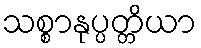
သစ္စာနုပ္ပတ္တိယာ